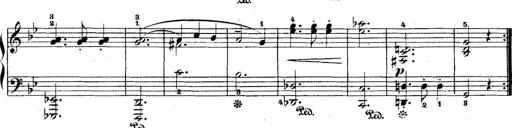
Title: 5 Sonatinas
Composer: Theodor Kirchner